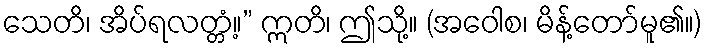
သေတိ၊ အိပ်ရလတ္တံ့။” ဣတိ၊ ဤသို့။ (အဝေါစ၊ မိန့်တော်မူ၏။)